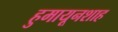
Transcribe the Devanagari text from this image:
हुमायूनशाह